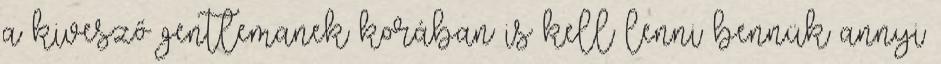
a kivesző gentlemanek korában is kell lenni bennük annyi